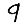
Digit: 9